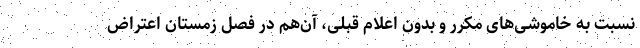
نسبت ‌به خاموشی‌های مکرر و بدون اعلام قبلی، آن‌هم در فصل زمستان اعتراض